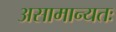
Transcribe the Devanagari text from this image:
असामान्यतः